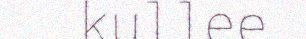
kullee